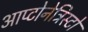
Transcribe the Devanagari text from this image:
आप्टोनेट्रिस्टों